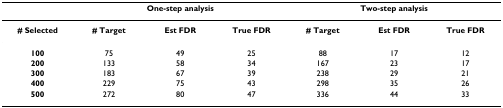
<table><thead><tr><td></td><td colspan="3"><b>One-step analysis</b></td><td colspan="3"><b>Two-step analysis</b></td></tr></thead><tbody><tr><td><b># Selected</b></td><td><b># Target</b></td><td><b>Est FDR</b></td><td><b>True FDR</b></td><td><b># Target</b></td><td><b>Est FDR</b></td><td><b>True FDR</b></td></tr><tr><td><b>100</b></td><td>75</td><td>49</td><td>25</td><td>88</td><td>17</td><td>12</td></tr><tr><td><b>200</b></td><td>133</td><td>58</td><td>34</td><td>167</td><td>23</td><td>17</td></tr><tr><td><b>300</b></td><td>183</td><td>67</td><td>39</td><td>238</td><td>29</td><td>21</td></tr><tr><td><b>400</b></td><td>229</td><td>75</td><td>43</td><td>298</td><td>35</td><td>26</td></tr><tr><td><b>500</b></td><td>272</td><td>80</td><td>47</td><td>336</td><td>44</td><td>33</td></tr></tbody></table>